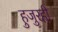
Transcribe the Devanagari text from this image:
हुजुरही